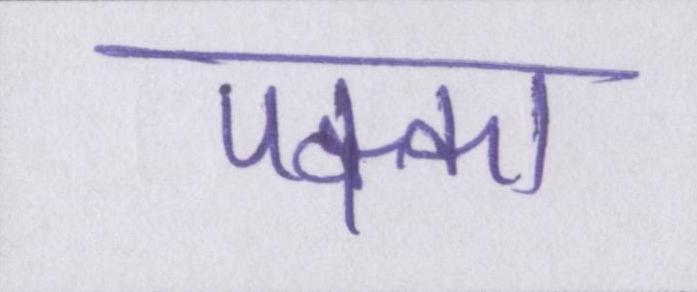
पक्का